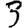
Digit: 3